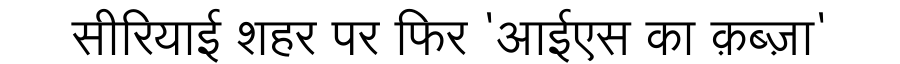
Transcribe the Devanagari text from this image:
सीरियाई शहर पर फिर 'आईएस का क़ब्ज़ा'